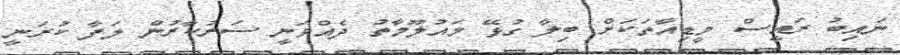
ނައިބު ރައީސް މީޑިއާތަކަށް ބިލާ ގުޅޭ މައުލޫމާތު ދެއްވަނީ ސަރުކާރުން ލަފާ ކުރަނީ